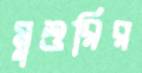
মুশুরির